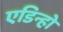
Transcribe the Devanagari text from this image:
एडिन्हो